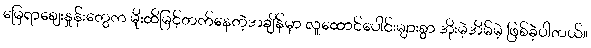
မြေရာဈေးနှုန်းတွေက မိုးထိမြင့်တက်နေတဲ့အချိန်မှာ လူထောင်ပေါင်းများစွာ အိုးမဲ့အိမ်မဲ့ ဖြစ်ခဲ့ပါတယ်။